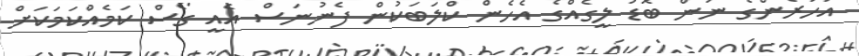
އަހަރެންގެ ނަން ބޮޑު ލީގެއްގެ އެހެން ކްލަބަކުން ފެނުނަސް އެއީ ގޯސް ކަމެއްކަމަކަށް